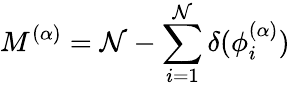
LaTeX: {M^{(\alpha)}=\mathcal{N}-\sum_{i=1}^{\mathcal{N}}\delta(\phi_{i}^{(\alpha)})}